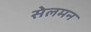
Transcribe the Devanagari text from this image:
सेलमन